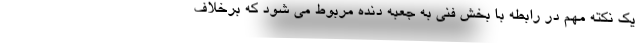
یک نکته مهم در رابطه با بخش فنی به جعبه دنده مربوط می شود که برخلاف